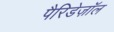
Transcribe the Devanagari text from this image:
पैरिडेज़ॉल